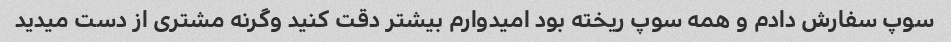
سوپ سفارش دادم و همه سوپ ریخته بود امیدوارم بیشتر دقت کنید وگرنه مشتری از دست میدید